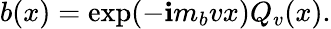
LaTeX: b(x)=\exp(-\mathbf{i}m_{b}vx)Q_{v}(x).